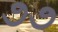
૭૭